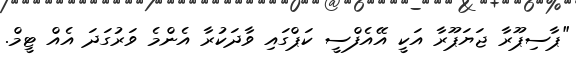
"ޕާސިޕޫރާ ޖަޔަޕޫރާ އަކީ އޭއެފްސީ ކަޕްގައި ވާދަކުރާ އެންމެ ވަރުގަދަ އެއް ޓީމް.